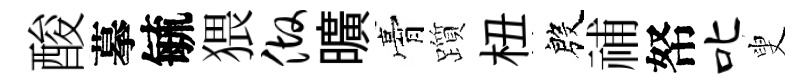
酸摹毓猥做曠膏躓杻殷𥙷帑叱叟